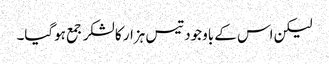
لیکن اس کے باوجود تیس ہزار کا لشکر جمع ہوگیا۔